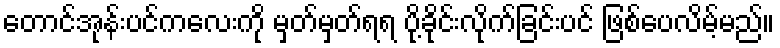
တောင်အုန်းပင်ကလေးကို မှတ်မှတ်ရရ ပို့ခိုင်းလိုက်ခြင်းပင် ဖြစ်ပေလိမ့်မည်။